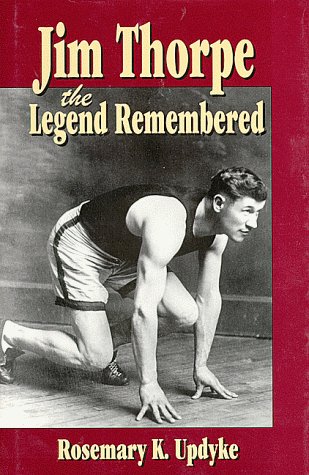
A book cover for Jim Thorpe: The Legend Remembered; Rosemary Kissinger Updyke; Children's Books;